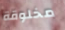
مخلوقة